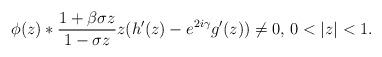
LaTeX: \begin{align*}\displaystyle \phi(z) \ast \frac{1+\beta\sigma z}{1-\sigma z} z(h'(z)-e^{2i\gamma} g'(z))\not=0,\,0<|z|<1.\end{align*}